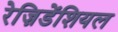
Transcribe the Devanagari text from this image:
रेज़िडेंशियल